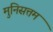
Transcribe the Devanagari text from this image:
मुनिसत्तम